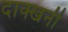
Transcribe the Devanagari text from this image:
दाक्खनी